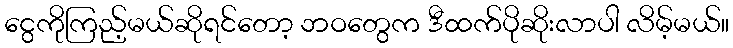
ငွေကိုကြည့်မယ်ဆိုရင်တော့ ဘဝတွေက ဒီထက်ပိုဆိုးလာပါ လိမ့်မယ်။